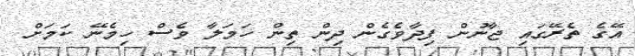
އޭގެ ތެރޭގައި ޖާނުން ފިދާވެގެން ދިން ތިން ހަމަލާ ވެސް ހިމެނޭ ކަމަށް